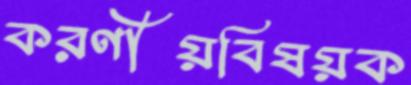
করণীয়বিষয়ক